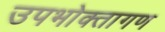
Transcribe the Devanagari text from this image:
उपभोक्‍तागण